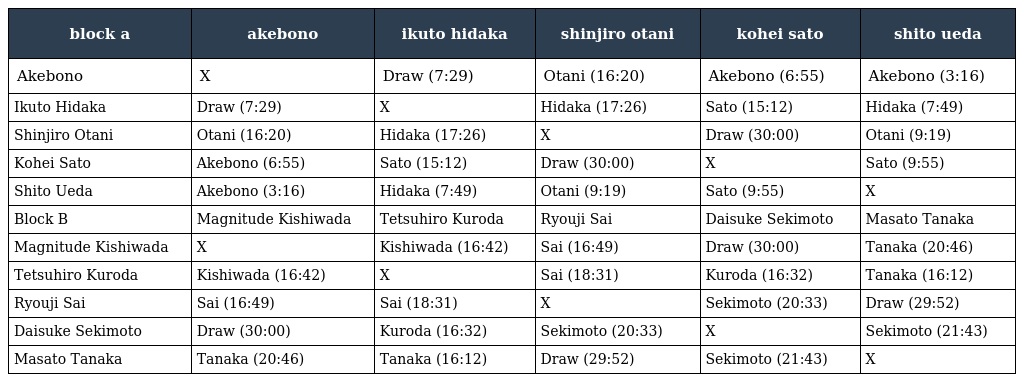
| block a | akebono | ikuto hidaka | shinjiro otani | kohei sato | shito ueda |
 | --- | --- | --- | --- | --- | --- |
 | Akebono | X | Draw (7:29) | Otani (16:20) | Akebono (6:55) | Akebono (3:16) |
 | Ikuto Hidaka | Draw (7:29) | X | Hidaka (17:26) | Sato (15:12) | Hidaka (7:49) |
 | Shinjiro Otani | Otani (16:20) | Hidaka (17:26) | X | Draw (30:00) | Otani (9:19) |
 | Kohei Sato | Akebono (6:55) | Sato (15:12) | Draw (30:00) | X | Sato (9:55) |
 | Shito Ueda | Akebono (3:16) | Hidaka (7:49) | Otani (9:19) | Sato (9:55) | X |
 | Block B | Magnitude Kishiwada | Tetsuhiro Kuroda | Ryouji Sai | Daisuke Sekimoto | Masato Tanaka |
 | Magnitude Kishiwada | X | Kishiwada (16:42) | Sai (16:49) | Draw (30:00) | Tanaka (20:46) |
 | Tetsuhiro Kuroda | Kishiwada (16:42) | X | Sai (18:31) | Kuroda (16:32) | Tanaka (16:12) |
 | Ryouji Sai | Sai (16:49) | Sai (18:31) | X | Sekimoto (20:33) | Draw (29:52) |
 | Daisuke Sekimoto | Draw (30:00) | Kuroda (16:32) | Sekimoto (20:33) | X | Sekimoto (21:43) |
 | Masato Tanaka | Tanaka (20:46) | Tanaka (16:12) | Draw (29:52) | Sekimoto (21:43) | X |